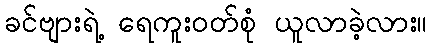
ခင်ဗျားရဲ့ ရေကူးဝတ်စုံ ယူလာခဲ့လား။